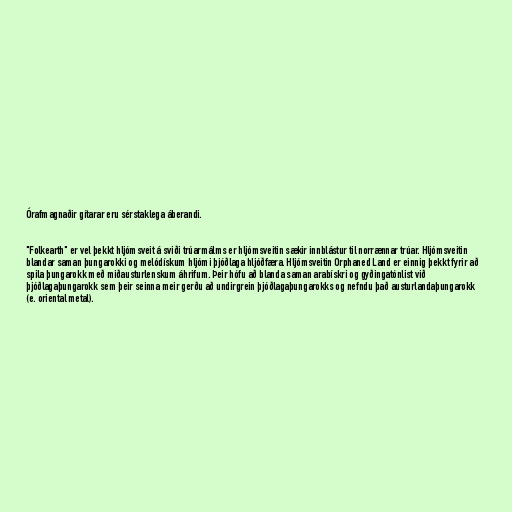
Órafmagnaðir gítarar eru sérstaklega áberandi.

"Folkearth" er vel þekkt hljómsveit á sviði trúarmálms er hljómsveitin sækir innblástur til norrænnar trúar. Hljómsveitin
blandar saman þungarokki og melódískum hljómi þjóðlaga hljóðfæra. Hljómsveitin Orphaned Land er einnig þekkt fyrir að
spila þungarokk með miðausturlenskum áhrifum. Þeir hófu að blanda saman arabískri og gyðingatónlist við
þjóðlagaþungarokk sem þeir seinna meir gerðu að undirgrein þjóðlagaþungarokks og nefndu það austurlandaþungarokk
(e. oriental metal).